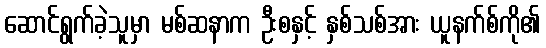
ဆောင်ရွက်ခဲ့သူမှာ မစ်ဆနာက ဦးစနှင့် နှစ်သစ်အား ယူနက်စ်ကို၏